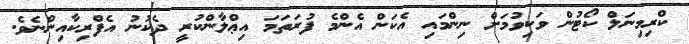
ކްރިމިނަލް ކޯޓުން ވަކިވުމަށް ނިންމައި އެކަން އެންމެ ފުރަތަމަ އިޢްލާންކުރީ ދެކުނު އެފްރިކާއިންނެވެ.